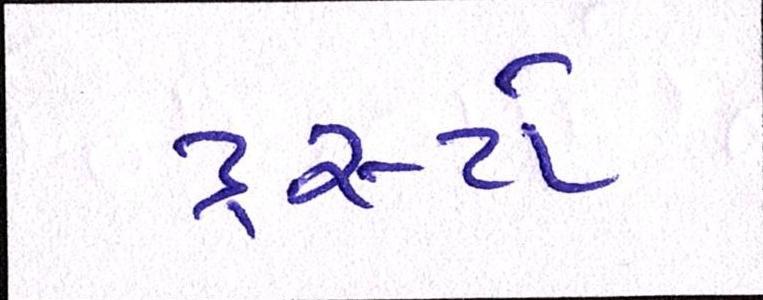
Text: ટ્રસ્ટો